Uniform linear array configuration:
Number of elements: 4
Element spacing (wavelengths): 1
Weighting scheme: blackman
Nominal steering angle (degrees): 0
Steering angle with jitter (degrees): -1.248
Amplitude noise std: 0.05
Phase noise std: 0.05

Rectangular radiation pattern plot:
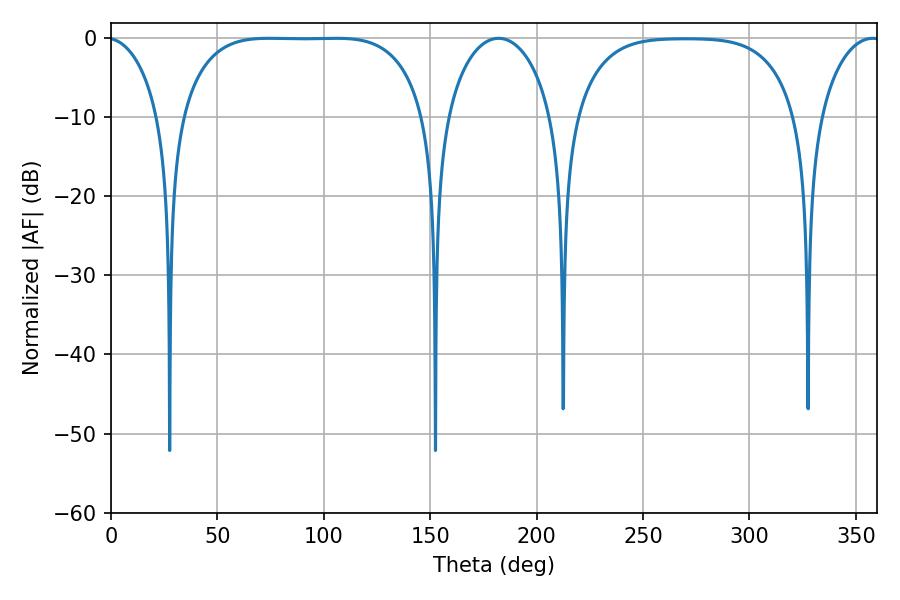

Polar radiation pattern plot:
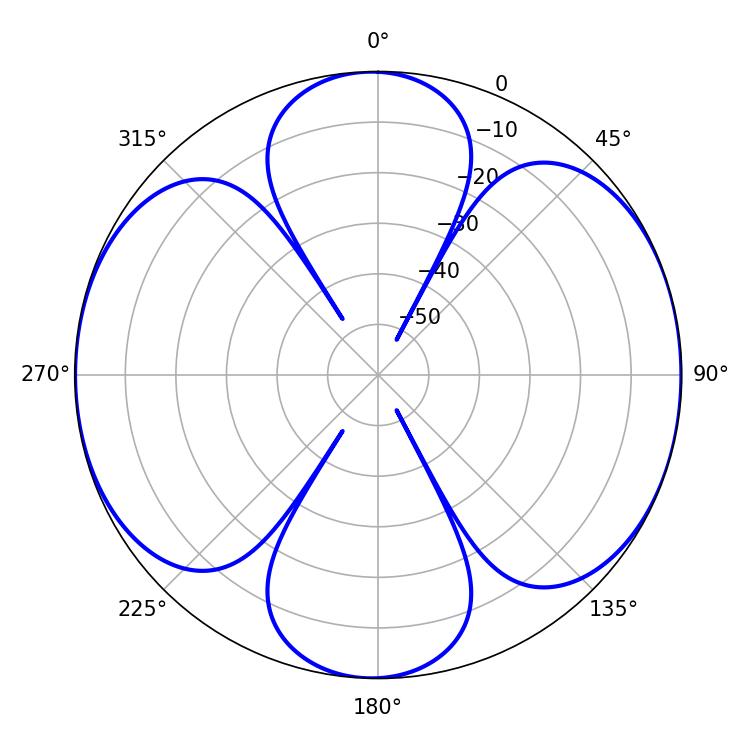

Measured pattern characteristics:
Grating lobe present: TRUE
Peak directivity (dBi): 11.127
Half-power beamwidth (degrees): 88.92
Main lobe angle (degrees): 74.34